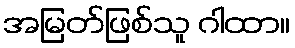
အမြတ်ဖြစ်သူ ဂါထာ။